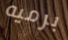
برميه